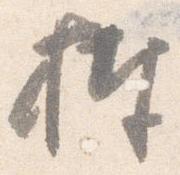
捧